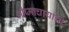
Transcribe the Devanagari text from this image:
भीष्माचार्याची